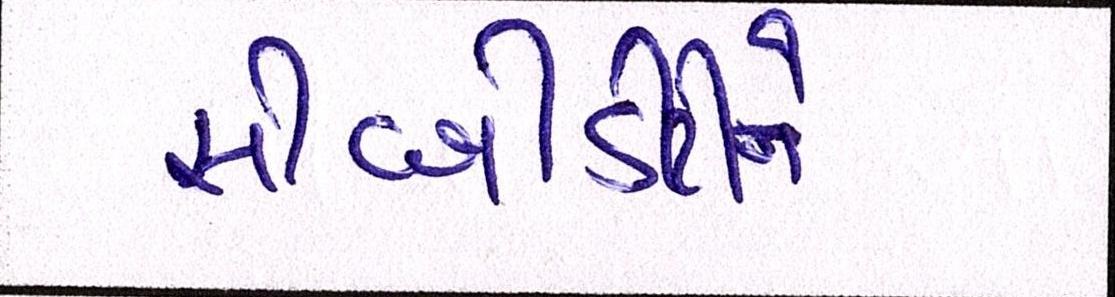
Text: સીબીડીટીને